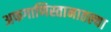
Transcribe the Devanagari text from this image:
अफगाणिस्तानातल्या